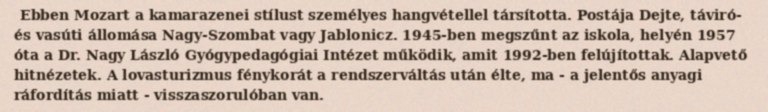
Ebben Mozart a kamarazenei stílust személyes hangvétellel társította. Postája Dejte, táviró- és vasúti állomása Nagy-Szombat vagy Jablonicz. 1945-ben megszűnt az iskola, helyén 1957 óta a Dr. Nagy László Gyógypedagógiai Intézet működik, amit 1992-ben felújítottak. Alapvető hitnézetek. A lovasturizmus fénykorát a rendszerváltás után élte, ma - a jelentős anyagi ráfordítás miatt - visszaszorulóban van.